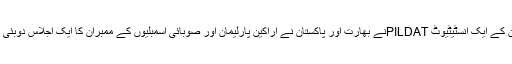
اسی طرح پاکستان کے ایک انسٹیٹیوٹ PILDATنے بھارت اور پاکستان نے اراکین پارلیمان اور صوبائی اسمبلیوں کے ممبران کا ایک اجلاس دوبئی میں منعقد کیا تھا۔